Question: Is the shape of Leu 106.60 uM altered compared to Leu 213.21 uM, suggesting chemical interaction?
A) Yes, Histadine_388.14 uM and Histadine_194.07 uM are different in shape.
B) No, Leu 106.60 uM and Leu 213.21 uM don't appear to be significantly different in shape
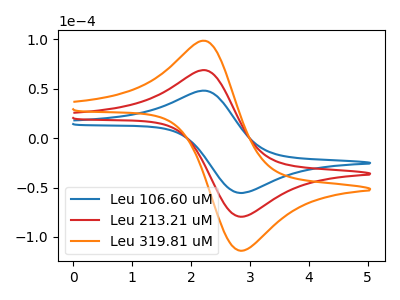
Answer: <think>The blue curve "Leu 106.60 uM" has an anodic peak at (2.25V, 47.95uA) and a cathodic peak at (2.85V, -55.55uA). The red curve "Leu 213.21 uM" has an anodic peak at (2.25V, 68.65uA) and a cathodic peak at (2.85V, -79.55uA). The orange curve "Leu 319.81 uM" has an anodic peak at (2.25V, 137.30uA) and a cathodic peak at (2.85V, -159.10uA).
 All the peaks in "Leu 106.60 uM" have a peak in "Leu 213.21 uM" at the same potential. Every peak in "Leu 106.60 uM" is lower than every peak in "Leu 213.21 uM".</think>
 <answer>B) No, "Leu 106.60 uM" and "Leu 213.21 uM" don't appear to be significantly different in shape</answer>
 <eval>B</eval>